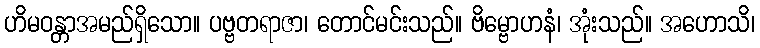
ဟိမဝန္တာအမည်ရှိသော။ ပဗ္ဗတရာဇာ၊ တောင်မင်းသည်။ ဗိမ္ဗောဟနံ၊ အုံးသည်။ အဟောသိ၊